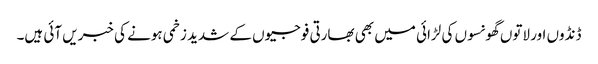
ڈنڈوں اور لاتوں گھونسوں کی لڑائی میں بھی بھارتی فوجیوں کے شدید زخمی ہونے کی خبریں آئی ہیں۔